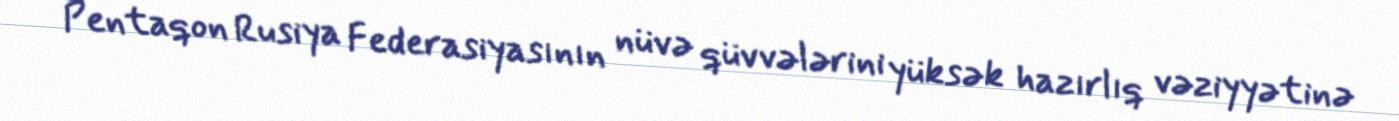
Pentaqon Rusiya Federasiyasının nüvə qüvvələrini yüksək hazırlıq vəziyyətinə